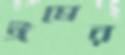
ঈষের